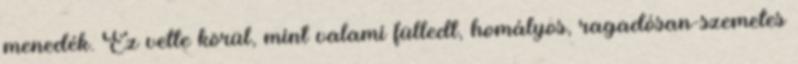
menedék. Ez vette körül, mint valami fülledt, homályos, ragadósan-szemetes